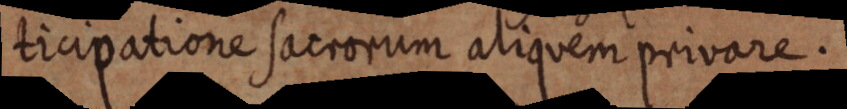
ticipatione sacrorum aliquem privare.